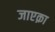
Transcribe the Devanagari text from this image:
जाएक़ा